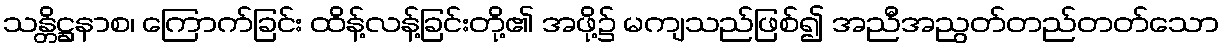
သန္တိဋ္ဌနာစ၊ ကြောက်ခြင်း ထိန့်လန့်ခြင်းတို့၏ အဖို့၌ မကျသည်ဖြစ်၍ အညီအညွတ်တည်တတ်သော